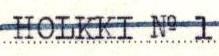
HOLKKI No 1